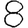
Digit: 8